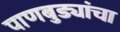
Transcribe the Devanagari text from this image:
पाणबुड्यांचा